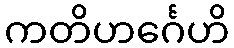
ကတိဟင်္ဂေဟိ